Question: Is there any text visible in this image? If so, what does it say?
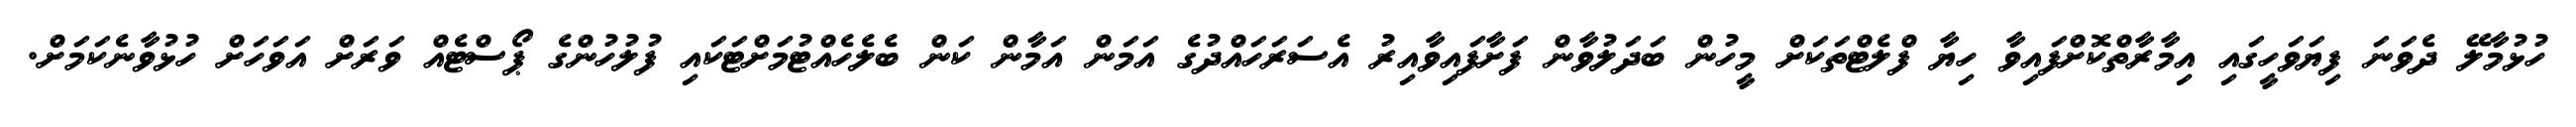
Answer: ހުޅުމާލޭ ދެވަނަ ފިޔަވަހީގައި އިމާރާތްކޮށްފައިވާ ހިޔާ ފްލެޓްތަކަށް މީހުން ބަދަލުވާން ފަށާފައިވާއިރު އެސަރަހައްދުގެ އަމަން އަމާން ކަން ބެލެހެއްޓުމަށްޓަކައި ފުލުހުންގެ ޕޯސްޓެއް ވަރަށް އަވަހަށް ހުޅުވާނެކަމަށް.